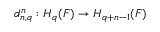
d _ { n , q } ^ { n } : H _ { q } ( F ) \to H _ { q + n - 1 } ( F )